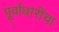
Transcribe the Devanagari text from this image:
पूर्वाधारींचा